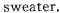
sweater.